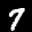
Label: 7